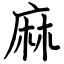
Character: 麻